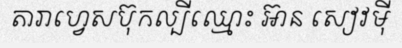
តារាហ្វេសប៊ុកល្បីឈ្មោះ អ៊ាន សៀវម៉ី